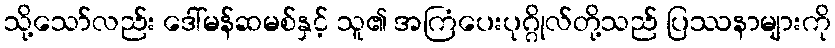
သို့သော်လည်း ဒေါ်မန်ဆမစ်နှင့် သူ၏ အကြံပေးပုဂ္ဂိုလ်တို့သည် ပြဿနာများကို